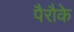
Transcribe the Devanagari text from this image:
पैरौके